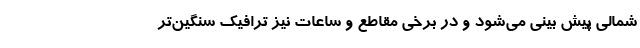
شمالی پیش بینی می‌شود و در برخی مقاطع و ساعات نیز ترافیک سنگین‌تر